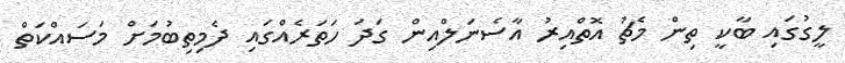
ލީގުގައި ބާކީ ތިން މެޗު އޮތްއިރު އާސެނަލްއިން ގަދަ ހަތަރެއްގައި ދެމިތިބުމަށް މަސައްކަތް